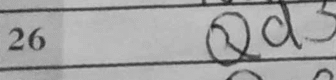
Transcription: Qd3